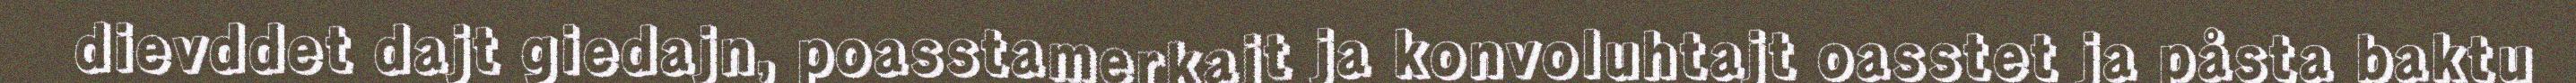
dievddet dajt giedajn, poasstamerkajt ja konvoluhtajt oasstet ja påsta baktu